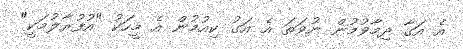
އެ އަގާ ދިމާވުމުން ނުވަތަ އެ އަގު ކިއުމުން އެ މީހަކު "އުފުރާލުމަކީ"